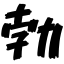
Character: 勃